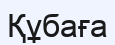
Құбаға